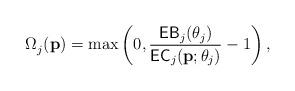
LaTeX: \begin{align*}{\Omega}_j^{}({\textbf{p}}) = \max \left( {0, \frac{{\mathsf{EB}_j({\theta _j})}}{{\mathsf{EC}_j({\textbf{p}};{\theta _j})}}-1 } \right),\end{align*}